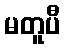
မတူပီ